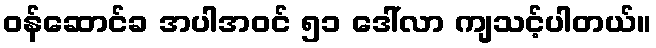
ဝန်ဆောင်ခ အပါအဝင် ၅၁ ဒေါ်လာ ကျသင့်ပါတယ်။